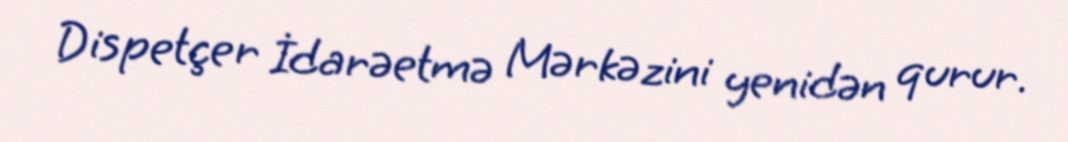
Dispetçer İdarəetmə Mərkəzini yenidən qurur.